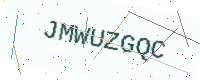
Text: JMWUZGQC